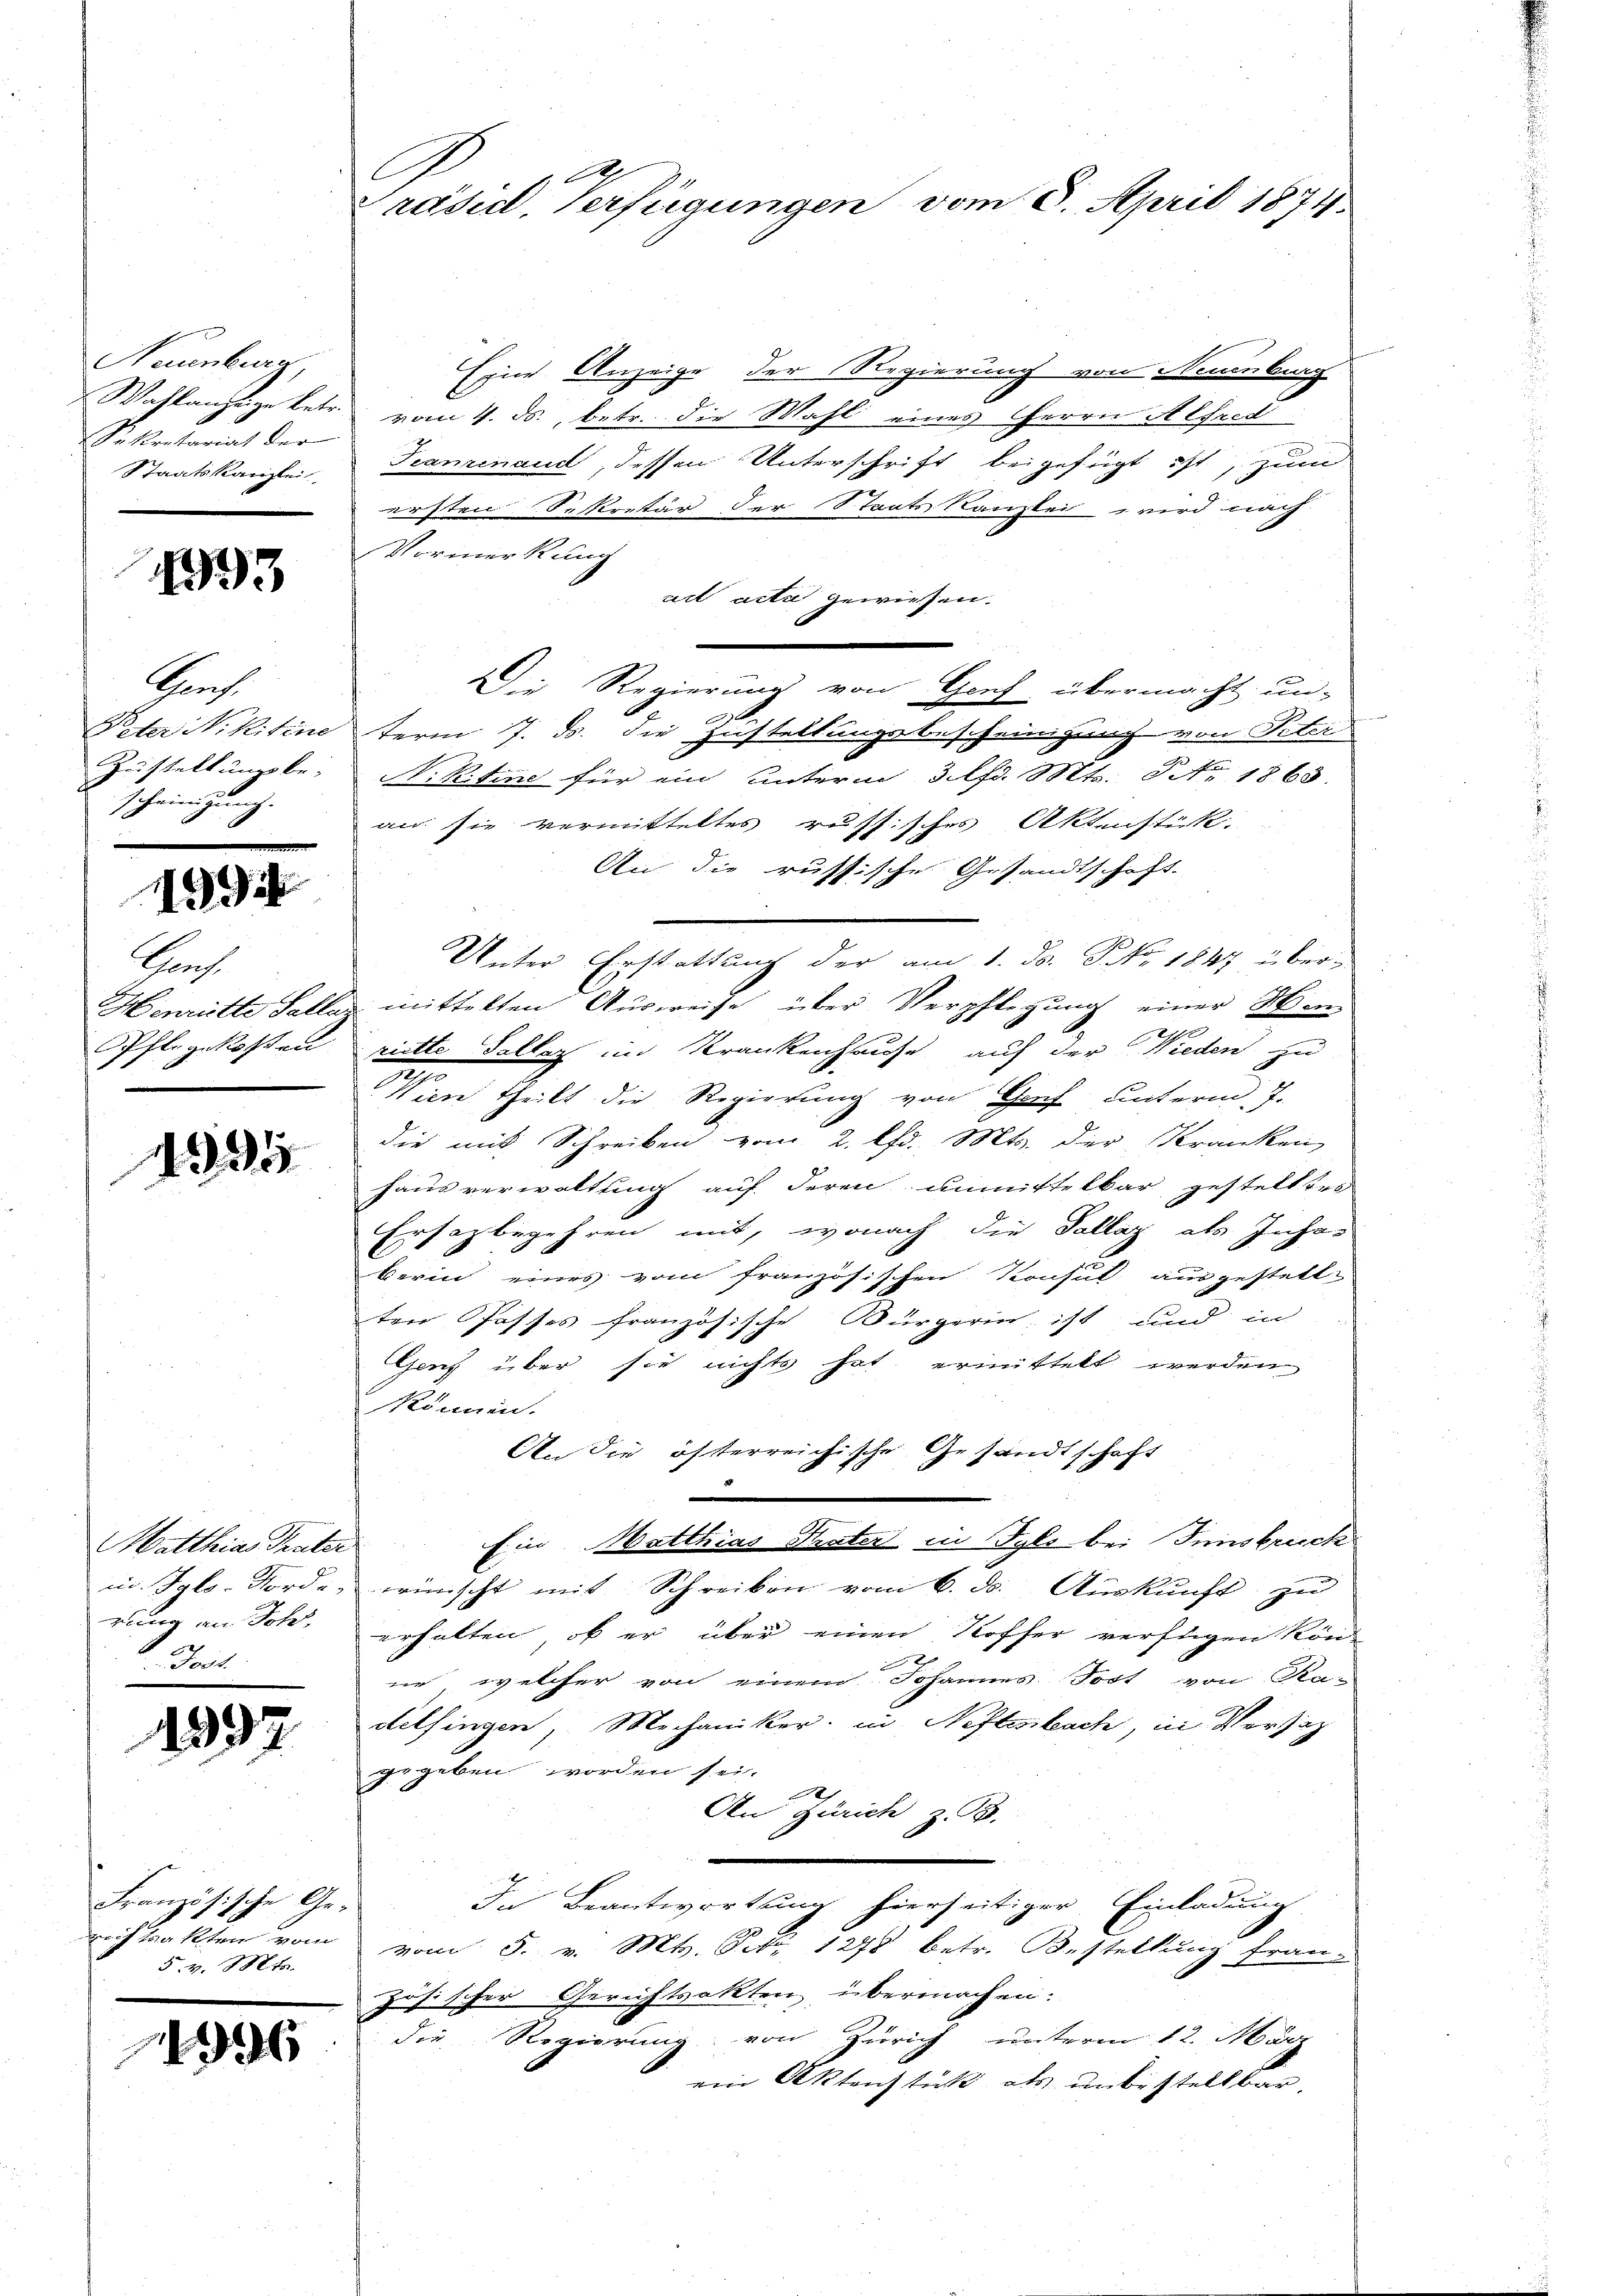
Naumburg
Wahlanzeige betr.
Sekretariat der
Staatskanzlei

1993

Genf.
Peter Nikitine
Zustellung be-
scheinigung.

19

Kauf
Henriette Sella.
Pfl. gekosten

1335

Matthias Trater
in Sylo Norde
rung an Joh.
. Doct.

1997

Französische Genoch trakten vom
5. v. Mts.

1946

C
Präsid. Verfügungen vom 8. April 1874.

Eine Anzeige der Regierung von Neuenburg
vom 4. ds., betr. die Wahl eines HHerrn Alfred
Teaninaud dessen Unterschrift beigefügt ist, zum
ersten Sekretär der Staatskanzlei wird nach
Vormerkung
act acta gewiesen.
term 7. ds. die Zustellungsbescheinigung von Peter
N. Ritine für ein Unterm 3. lfd. Mts. NNo. 1863.
an sie vermitteltes russisches Aktenstück.
An die russische Gesandtschaft
Unter Erstattung der am 1. F. P. Nr. 1847 übermittelten Ausweise über Verpflegung einer Mien
riette Tallaz in Krankenhause auf der Wieden zu
Wien theilt die Regierung von Graf unterm 7.
die mit Schreiben vom 2. lfd. Mts. der Kranken,
hausverwaltung auf deren unmittelbar gestelltes
Ersatz begehren mit, wonach die Tallaz als Inha
berin eines vom französischen Konsul ausgestell-
ten Passes französische Bürgerin, ist und in
Ganz über sie nichts hat ermittelt werden
Können.
An die öfterreichische Gesandtschaft

Ein Matthias Thater in Tyls bei Innsbruch
wünscht mit Schreiben vom 6. d. Auskunft zu
erhalten, ob er über einen Koffer verftigen kön
ne, welcher von einem Johannes Jost von Ka-
delfingen, Mechaniker, in Neftenbach, in Versatz
gegeben worden sei.
e
An Zürich z. B.
In Beantwortung hierseitiger Einladung
vom 3. v. Mts. Satz. 1278 betr. Bestellung fran-
zösischer Gerichtsakten übermachen.
die Regierung von Zürich unterm 12. März
ein Aktenstück als unbestellbar

Die Regierung von Genf übermacht un-